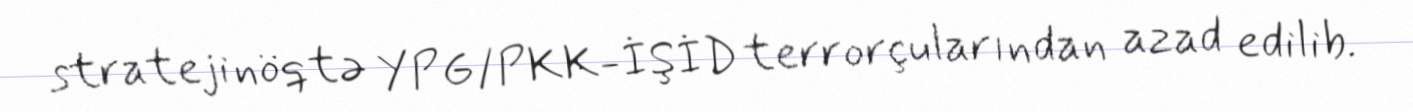
strateji nöqtə YPG/PKK-İŞİD terrorçularından azad edilib.